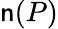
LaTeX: \mathsf{n}(P)